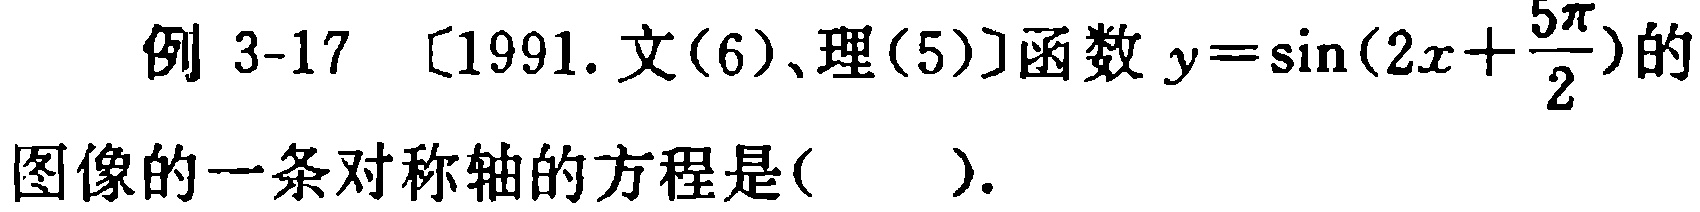
例 3-17 〔1991.文(6)、理(5)〕函数 \(y = \sin(2x+\frac{5\pi}{2})\)的图像的一条对称轴的方程是(  ).